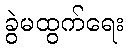
ခွဲမထွက်ရေး